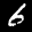
Digit: 6